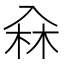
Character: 𠓭